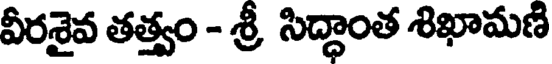
వీరశైవ తత్త్వం - శ్రీ సిద్ధాంత శిఖామణి